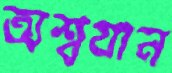
অশ্বযান